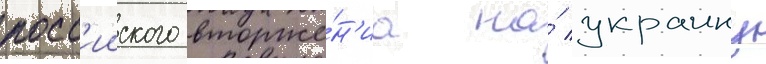
росс'ииского вторже́н'иа на́ украину